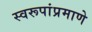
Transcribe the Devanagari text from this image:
स्वरूपांप्रमाणे